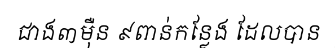
ជាង៣ម៉ឺន ៩ពាន់កន្លែង ដែលបាន